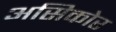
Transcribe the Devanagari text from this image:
असिकोर